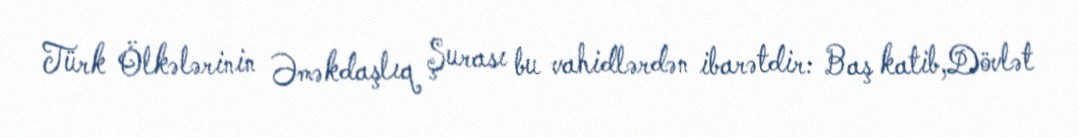
Türk Ölkələrinin Əməkdaşlıq Şurası bu vahidlərdən ibarətdir: Baş katib,Dövlət